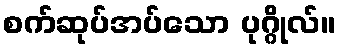
စက်ဆုပ်အပ်သော ပုဂ္ဂိုလ်။